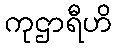
ကုဌာရီဟိ